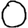
Digit: 0